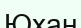
Юхан